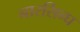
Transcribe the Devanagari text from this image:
नारसिन्घ